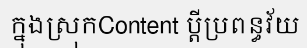
ក្នុងស្រុកContent ប្តីប្រពន្ធវ័យ